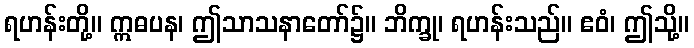
ရဟန်းတို့။ ဣဓပန၊ ဤသာသနာတော်၌။ ဘိက္ခု၊ ရဟန်းသည်။ ဧဝံ၊ ဤသို့။